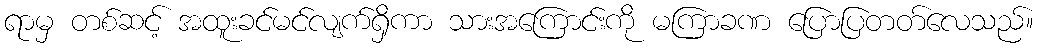
ရာမှ တစ်ဆင့် အထူးခင်မင်လျက်ရှိကာ သားအကြောင်းကို မကြာခဏ ပြောပြတတ်လေသည်။